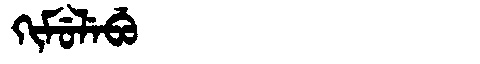
Manchu: ᡴᡳᠮᡠᠯᡝᠪᡠ
Romanization: KIMULEBU